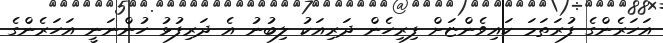
އަހަރެންގެ ފުރަތަމަ ކައިވެންޏަށް ފިރިހެން ދަރިއަކު ލިބުނު އެ ދަރިފުޅު ހުންނަނީ އަހަރެންގެ